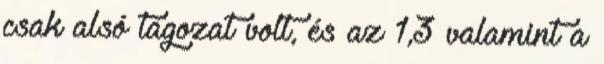
csak alsó tagozat volt, és az 1,3 valamint a